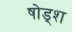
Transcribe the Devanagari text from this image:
षोड्श